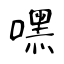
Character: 嘿